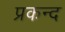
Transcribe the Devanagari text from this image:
प्रकन्द